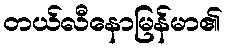
တယ်လီနောမြန်မာ၏